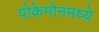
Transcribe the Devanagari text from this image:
पोकेमोनमध्ये